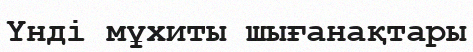
Үнді мұхиты шығанақтары